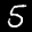
Label: 5